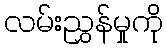
လမ်းညွှန်မှုကို